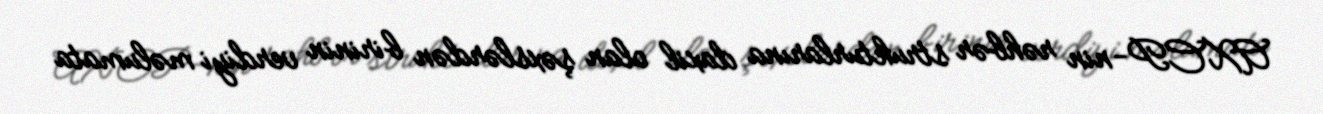
AXCP-nin rəhbər strukturlarına daxil olan şəxslərdən birinin verdiyi məlumata